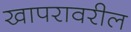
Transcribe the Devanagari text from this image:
खापरावरील